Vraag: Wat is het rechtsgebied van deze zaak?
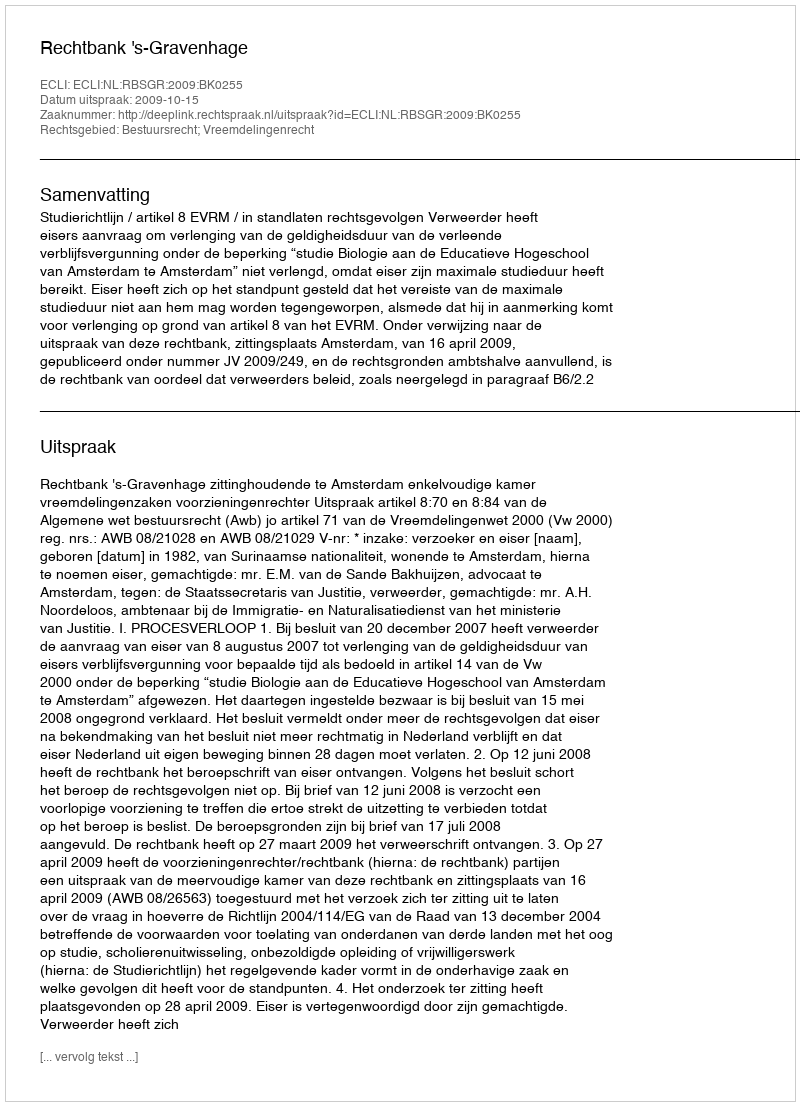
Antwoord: Bestuursrecht; Vreemdelingenrecht